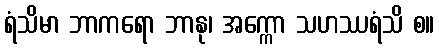
ရံသိမာ ဘာကရော ဘာနု၊ အက္ကော သဟဿရံသိ စ။